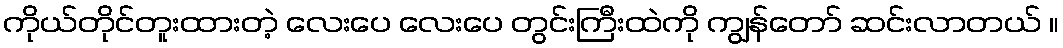
ကိုယ်တိုင်တူးထားတဲ့ လေးပေ လေးပေ တွင်းကြီးထဲကို ကျွန်တော် ဆင်းလာတယ် ။